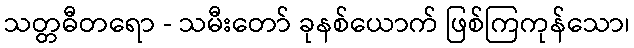
သတ္တဓီတရော - သမီးတော် ခုနစ်ယောက် ဖြစ်ကြကုန်သော၊